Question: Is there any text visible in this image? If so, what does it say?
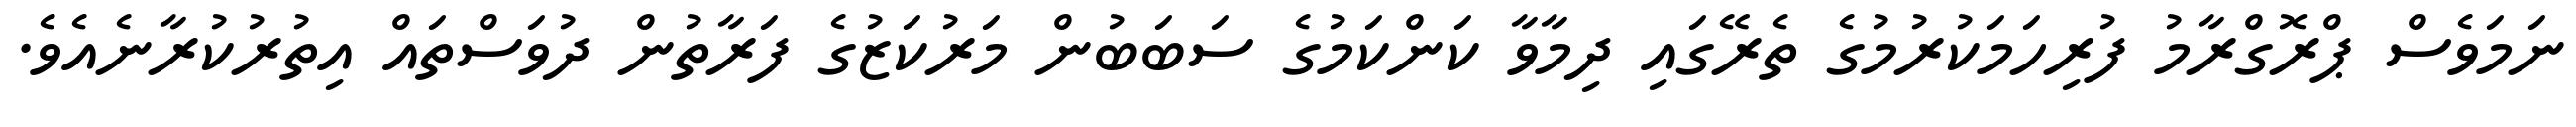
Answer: ނަމަވެސް ޕްރޮގްރާމު ފުރިހަމަކުރުމުގެ ތެރޭގައި ދިމާވާ ކަންކަމުގެ ސަބަބުން މަރުކަޒުގެ ފަރާތުން ދުވަސްތައް އިތުރުކުރާނެއެވެ.